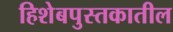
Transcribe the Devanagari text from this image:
हिशेबपुस्तकातील